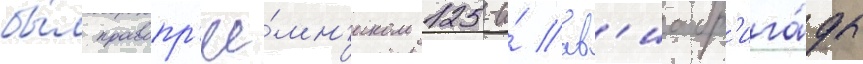
бы́л правопр'ее́мн'иком 125-и́ ав'иабр'ига́ды